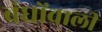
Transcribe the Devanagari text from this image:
बंधोंवाली